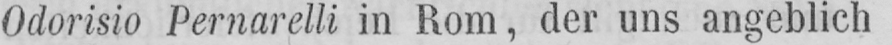
Odorisio Pernarelli in Rom, der uns angeblich